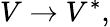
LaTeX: V\to V^{*},